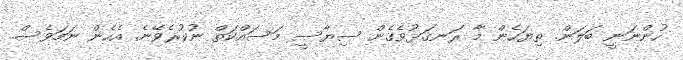
ހުންނަނީ ބަލަން. ތިޔަހެން މާ ރަނގަޅުވެގެން ސިޔާސީ މަސައްކަތް ނުކުރެވޭނެ. އެހެން ނަމަވެސް.